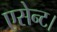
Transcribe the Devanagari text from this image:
एसेन्ट।